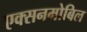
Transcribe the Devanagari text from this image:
एक्सनमोबिल